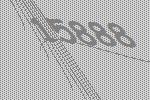
15888